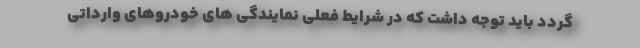
گردد باید توجه داشت که در شرایط فعلی نمایندگی های خودروهای وارداتی